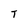
Character: T